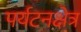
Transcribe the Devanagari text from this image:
पर्यटनक्षेत्र